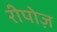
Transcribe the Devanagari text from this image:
रीपोज़